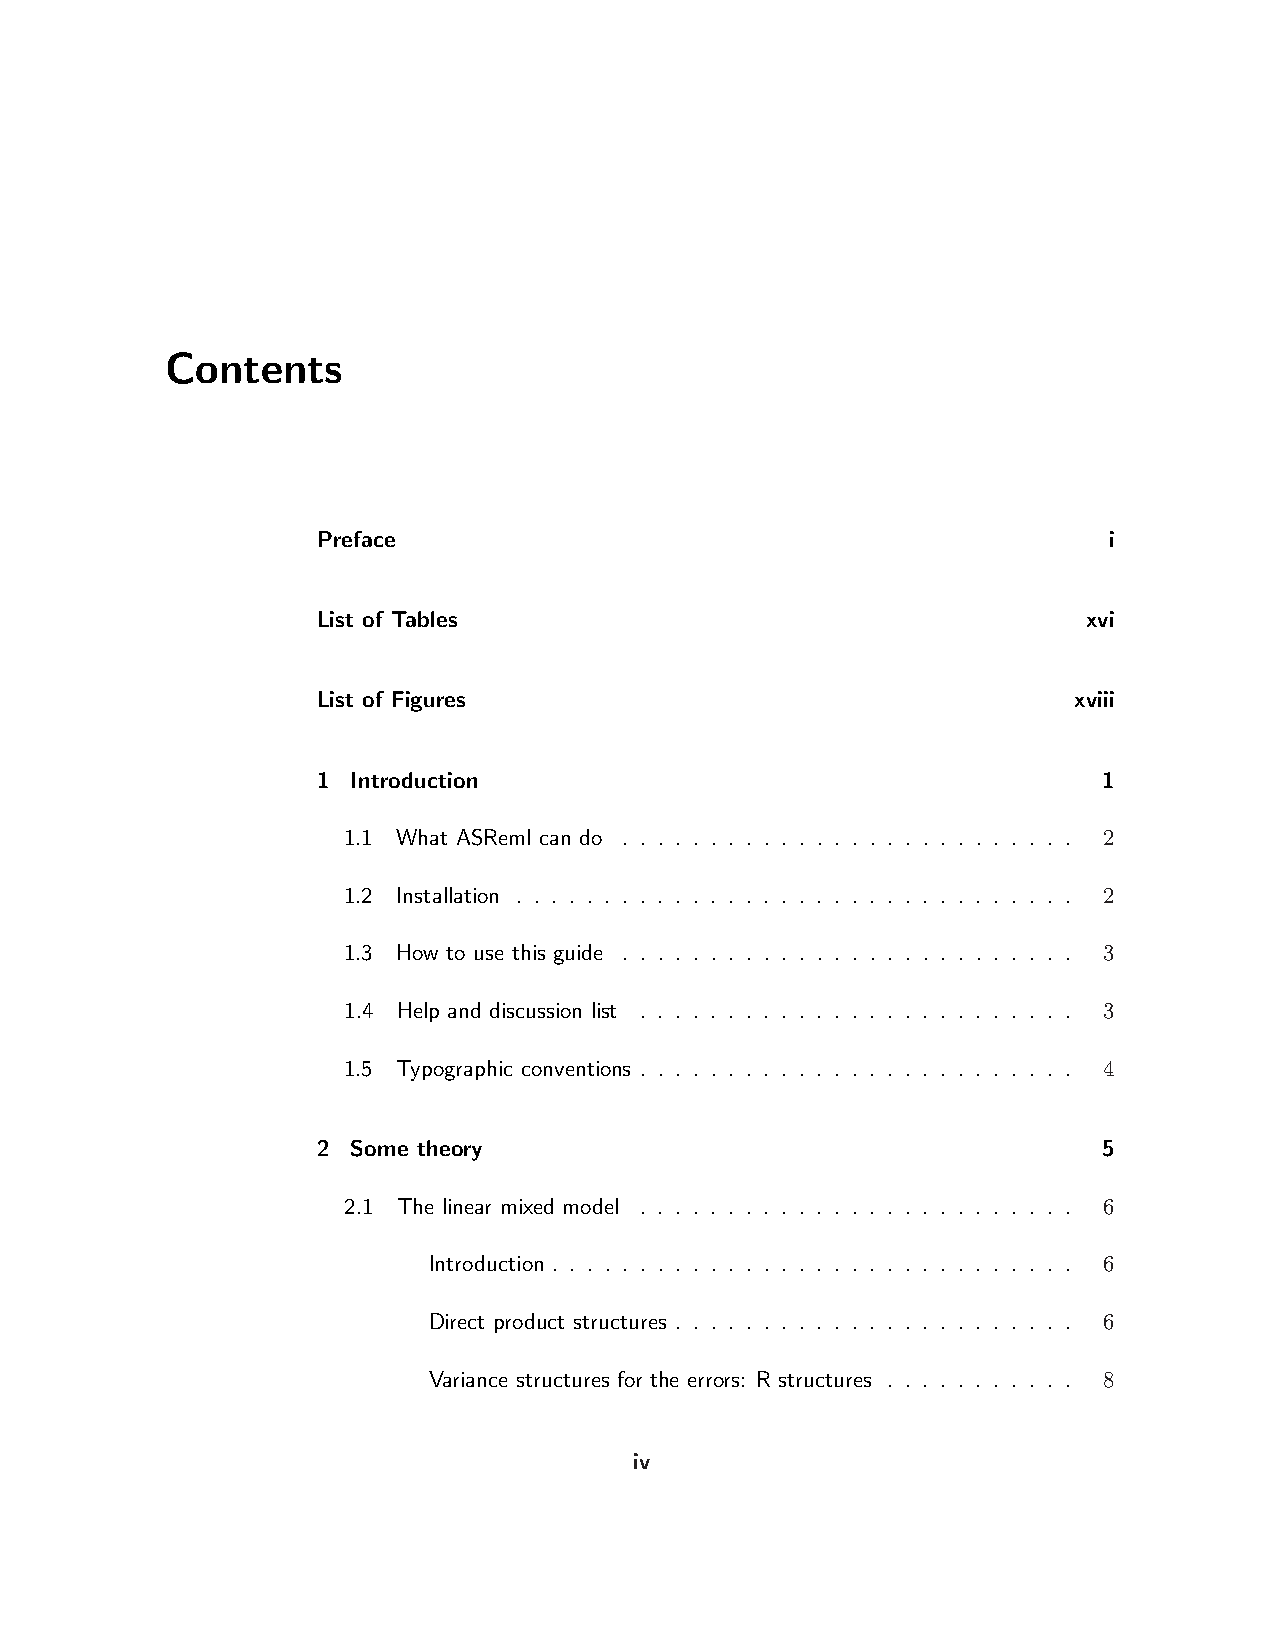
Contents
 Preface                                             i
 List of Tables                                     xvi
 List of Figures                                   xviii
 1 Introduction                                      1
 1.1 What ASReml can do . . . . . . . . . . . . . . . . . . . . . . . . . . 2
 1.2 Installation . . . . . . . . . . . . . . . . . . . . . . . . . . . . . . . . 2
 1.3 How to use this guide . . . . . . . . . . . . . . . . . . . . . . . . . . 3
 1.4 Help and discussion list . . . . . . . . . . . . . . . . . . . . . . . . . 3
 1.5 Typographic conventions . . . . . . . . . . . . . . . . . . . . . . . . . 4
 2 Some theory                                       5
 2.1 The linear mixed model . . . . . . . . . . . . . . . . . . . . . . . . . 6
 Introduction . . . . . . . . . . . . . . . . . . . . . . . . . . . . . . 6
 Direct product structures . . . . . . . . . . . . . . . . . . . . . . . 6
 Variance structures for the errors: R structures . . . . . . . . . . . 8
 iv